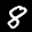
Label: 8